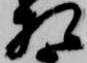
相